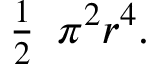
{ \begin{array} { l } { { \frac { 1 } { 2 } } } \end{array} } \pi ^ { 2 } r ^ { 4 } .